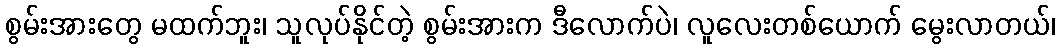
စွမ်းအားတွေ မထက်ဘူး၊ သူလုပ်နိုင်တဲ့ စွမ်းအားက ဒီလောက်ပဲ၊ လူလေးတစ်ယောက် မွေးလာတယ်၊